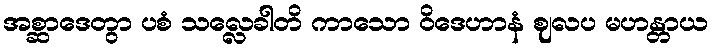
အစ္ဆာဒေတွာ ပစံ သလ္လေခါတိ ကာသော ဝိဒေဟာနံ ဈလပ မဟန္တာယ